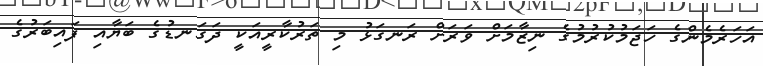
އަހަރެމެންގެ ހަޖަމުކުރުމުގެ ނިޒާމަށް ވަރަށް ރަނގަޅު މި ތަރުކާރީއަކީ ދަގަނޑުގެ ބަޔާއި ފައިބަރުގެ